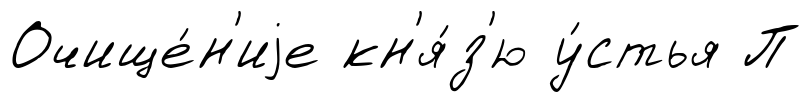
Очище́н'иjе кн'я́з'ю у́стья П